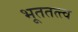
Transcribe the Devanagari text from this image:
भूततत्त्व